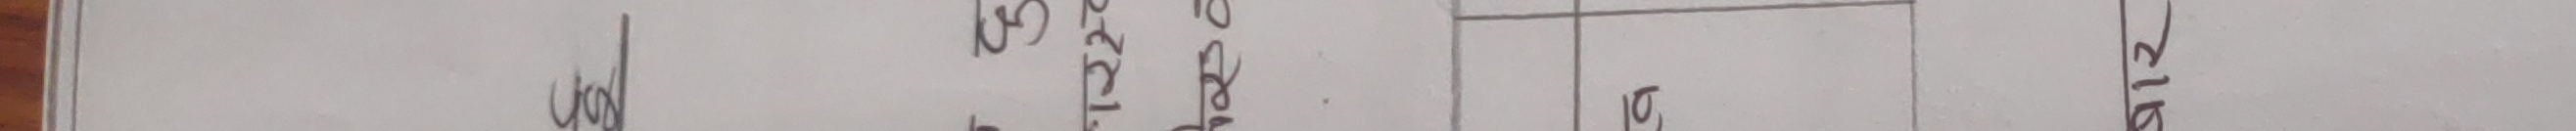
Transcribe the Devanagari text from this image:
७०d १२टे १० १३